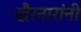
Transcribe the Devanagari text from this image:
खैरनारांनी